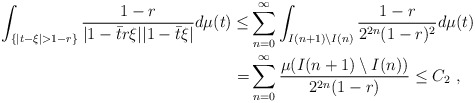
\begin{align*} \int_{\{|t-\xi|>1-r\}} \frac{1-r}{|1-\bar{t}r\xi||1-\bar{t}\xi|}d \mu(t) \leq& \sum_{n=0}^\infty \int_{I(n+1) \setminus I(n)} \frac{1-r}{2^{2n}(1-r)^2}d\mu(t)\\ =& \sum_{n=0}^{\infty} \frac{\mu (I(n+1) \setminus I(n)) }{2^{2n}(1-r)}\leq C_2\ ,\end{align*}